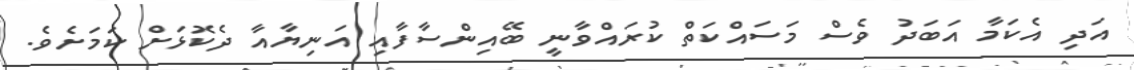
އަދި އެކަމާ އަބަދު ވެސް މަސައްކަތް ކުރައްވާނީ ބޭއިންސާފާއި އަނިޔާއާ ދެކޮޅަށް ކަމަށެވެ.